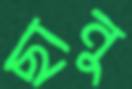
ছানু